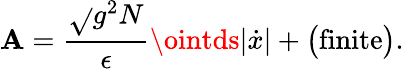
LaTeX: \mathbf{A}=\frac{{\sqrt{}{{g^{2}N}}}}{{\epsilon}}\ointds|\dot{{x}}|+\big(\mathrm{{finite}}\big).